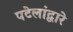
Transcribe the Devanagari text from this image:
पटेलांद्वारे